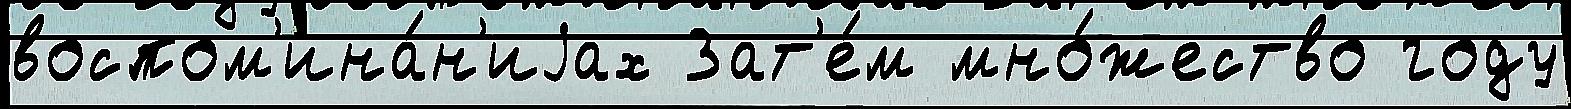
воспом'ина́н'иjах Зат'е́м мно́жество году